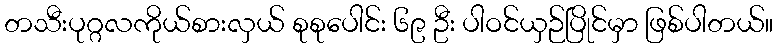
တသီးပုဂ္ဂလကိုယ်စားလှယ် စုစုပေါင်း ၆၉ ဦး ပါဝင်ယှဉ်ပြိုင်မှာ ဖြစ်ပါတယ်။